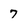
Character: 7